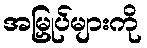
အမြှုပ်များကို